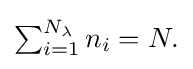
{\textstyle \sum _{i=1}^{N_{\lambda }}{n_{i}}=N.}